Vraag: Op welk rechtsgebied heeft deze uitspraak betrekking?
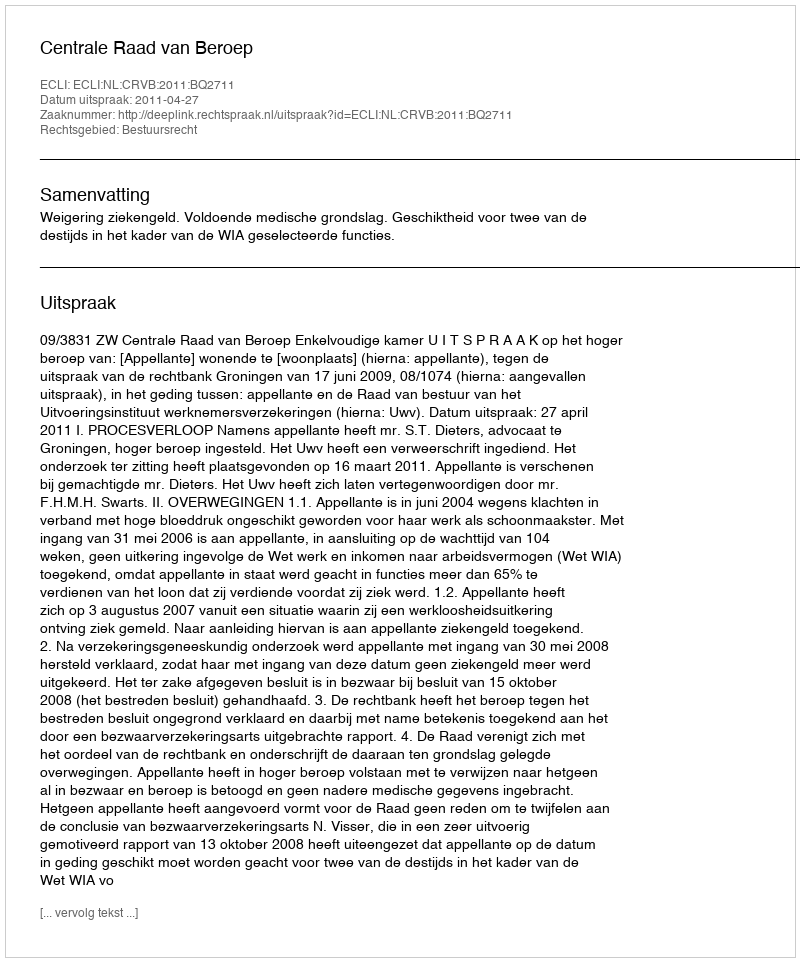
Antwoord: Bestuursrecht